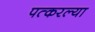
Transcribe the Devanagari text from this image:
पत्करल्या